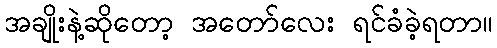
အချိုးနဲ့ဆိုတော့ အတော်လေး ရင်ခံခဲ့ရတာ။